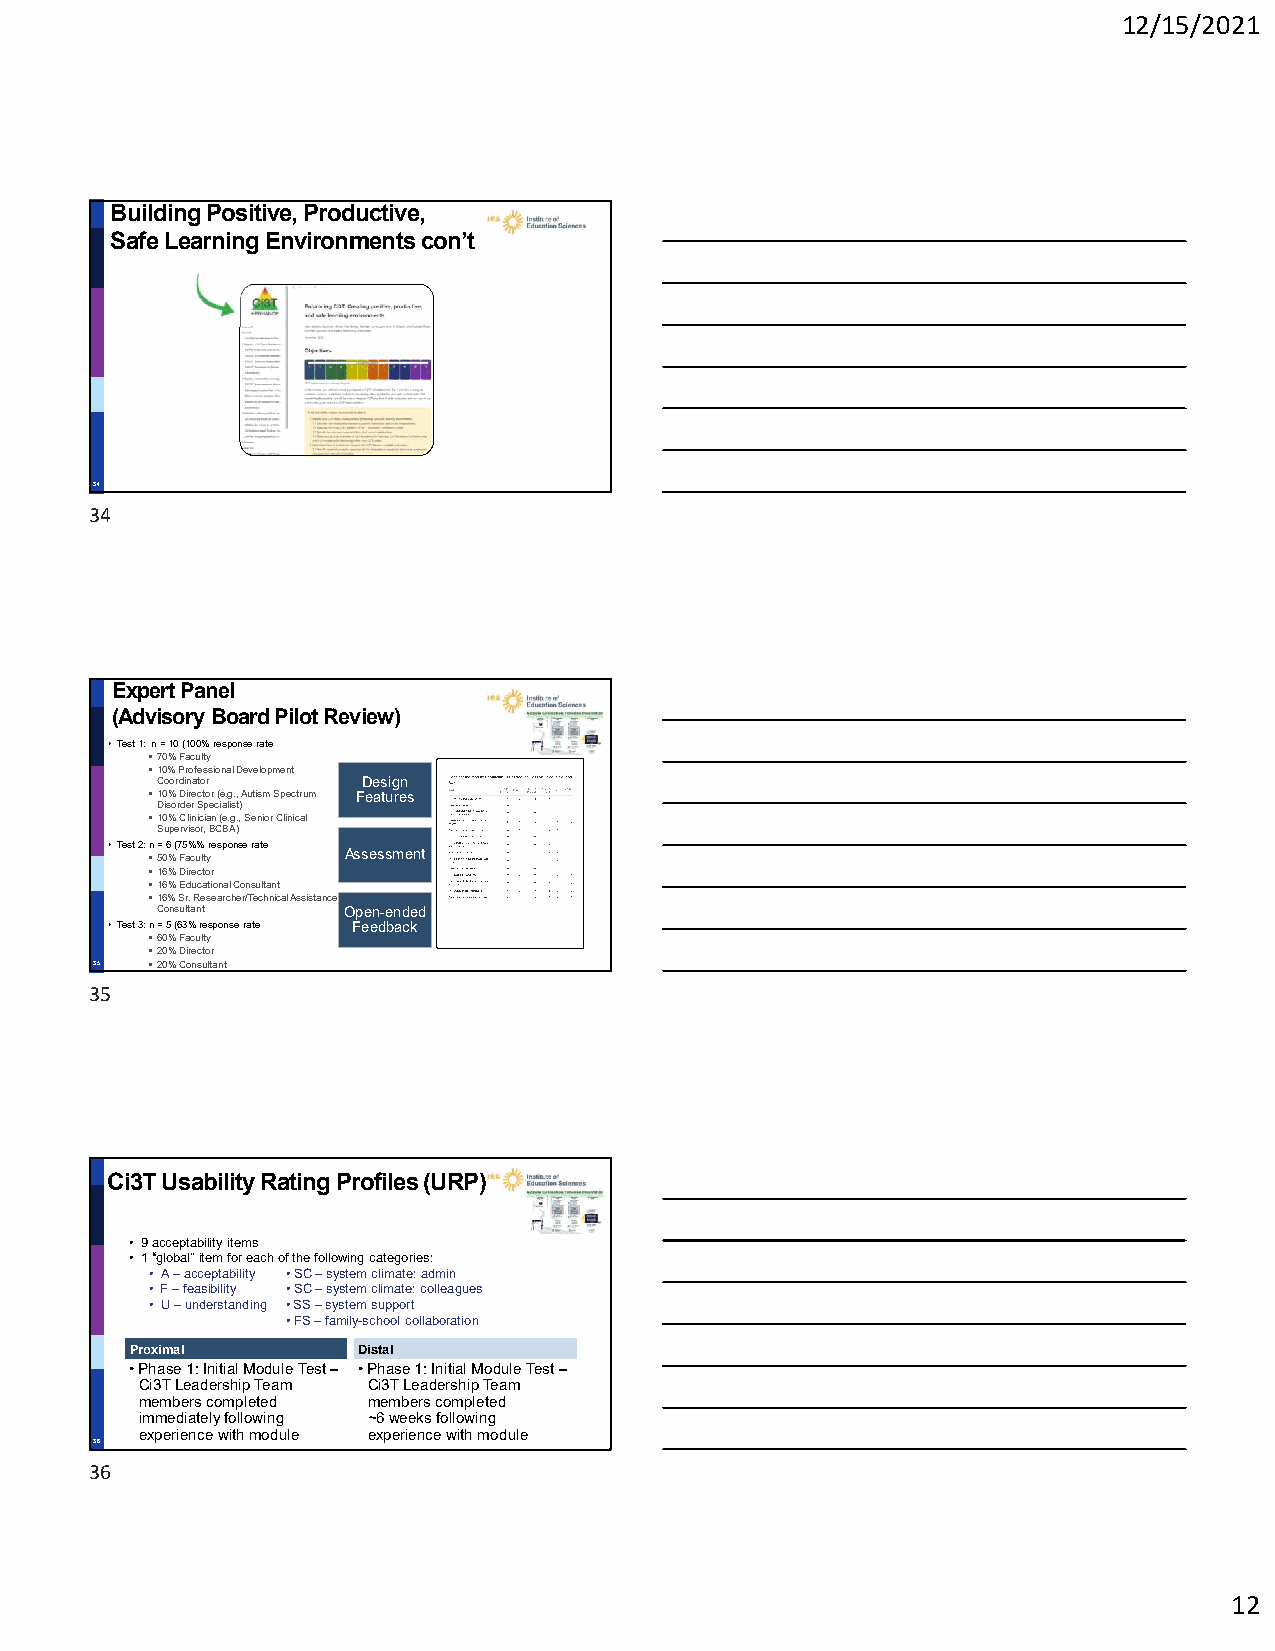
12/15/2021
 Building Positive, Productive,
 Safe Learning Environments con’t
 34
 34
 Expert Panel
 (Advisory Board Pilot Review)
 • Test 1: n = 10 (100% response rate
 70% Faculty
 10% Professional Development
 Coordinator   Design
 10% Director (e.g., Autism Spectrum Features
 Disorder Specialist)
 10% Clinician (e.g., Senior Clinical
 Supervisor, BCBA)
 • Test 2: n = 6 (75%% response rate
 50% Faculty Assessment
 16% Director
 16% Educational Consultant
 16% Sr. Researcher/Technical Assistance
 Consultant   Open-ended
 • Test 3: n = 5 (63% response rate Feedback
 60% Faculty
 20% Director
 35  20% Consultant
 35
 Ci3T Usability Rating Profiles (URP)
 • 9 acceptability items
 • 1 “global” item for each of the following categories:
 • A –acceptability • SC –system climate: admin
 • F –feasibility • SC –system climate: colleagues
 • U –understanding • SS –system support
 • FS –family-school collaboration
 Proximal       Distal
 •Phase 1: Initial Module Test – •Phase 1: Initial Module Test –
 Ci3T Leadership Team Ci3T Leadership Team
 members completed members completed
 immediately following ~6 weeks following
 experience with module experience with module
 36
 36
 12